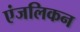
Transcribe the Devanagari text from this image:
एंजलिकन